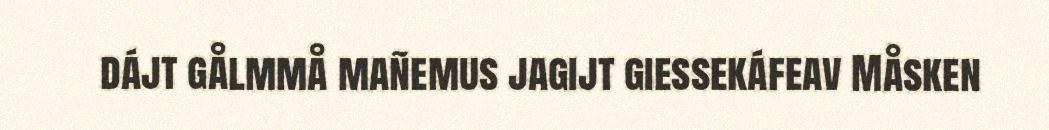
dájt gålmmå mañemus jagijt giessekáfeav Måsken